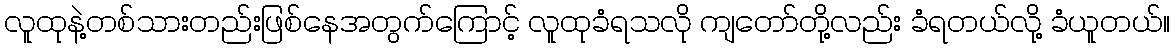
လူထုနဲ့တစ်သားတည်းဖြစ်နေအတွက်ကြောင့် လူထုခံရသလို ကျတော်တို့လည်း ခံရတယ်လို့ ခံယူတယ်။